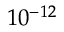
1 0 ^ { - 1 2 }